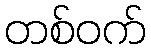
တစ်ဝက်